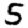
Digit: 5